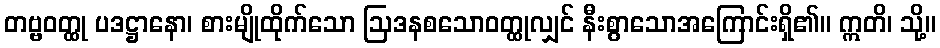
တဗ္ဗဝတ္ထု ပဒဋ္ဌာနော၊ စားမျိုထိုက်သော ဩဒနစသောဝတ္ထုလျှင် နီးစွာသောအကြောင်းရှိ၏။ ဣတိ၊ သို့။